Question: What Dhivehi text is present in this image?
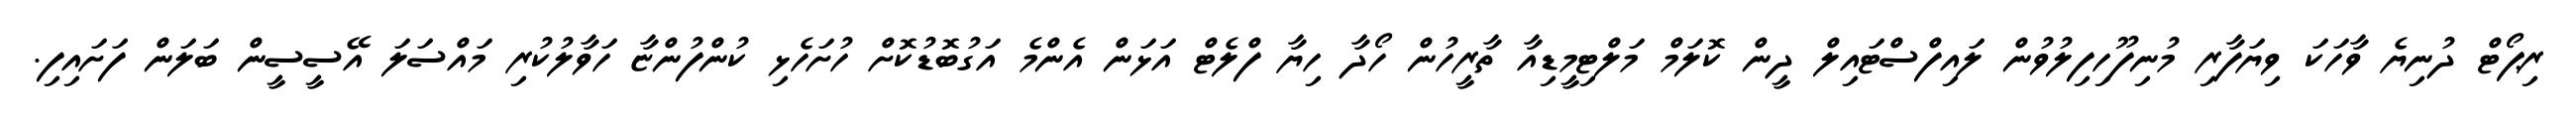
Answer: ރިޕޯޓް ދުނިޔެ ވާހަކަ ވިޔަފާރި މުނިފޫހިފިލުވުން ލައިފްސްޓައިލް ދީން ކޮލަމް މަލްޓިމީޑިއާ ތާރީހުން ހޯދާ ހިޔާ ފްލެޓް އަޅަން އެންމެ އަގުބޮޑުކޮށް ހުށަހެޅި ކުންފުންޏާ ހަވާލުކުރި މައްސަލަ އޭސީސީން ބަލަން ފަށައިފި.